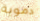
دموية